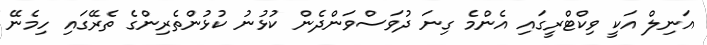
އަނިލް އަކީ ވިކްޓްރީގައި އެންމެ ގިނަ ދުވަސްވަންދެން ކުޅުނު ކުޅުންތެރިންގެ ތެރޭގައި ހިމެނޭ